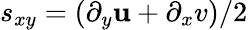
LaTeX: s_{xy}=(\partial_{y}\mathbf{u}+\partial_{x}v)/2